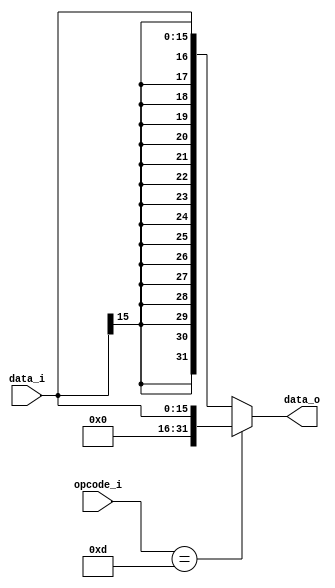


module Sign_Extend(
    data_i,
    opcode_i,
    data_o
    );

//I/O ports
input   [16-1:0] data_i;
input   [6-1:0]  opcode_i;
output  [32-1:0] data_o;

//Internal Signals
reg     [32-1:0] data_o;
integer i;

//Sign extended
always @(*)begin
    if(opcode_i==6'b001101) begin
        data_o={ 16'b0, data_i[15:0]};
    end
    else begin
        data_o={ {16{data_i[15]}}, data_i[15:0]};
    end
end
endmodule